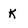
Character: k